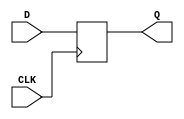
`timescale 1ns / 1ps
//////////////////////////////////////////////////////////////////////////////////
// Company: 
// Engineer: 
// 
// Design Name: 
// Module Name: D_Flip_Flop
// Project Name: 
// Target Devices: 
// Tool Versions: 
// Description: 
// 
// Dependencies: 
// 
// Revision:
// Revision 0.01 - File Created
// Additional Comments:
// 
//////////////////////////////////////////////////////////////////////////////////

module D_Flip_Flop(
    input CLK,
    input D,
    output reg Q = 0
    );
    
    always @ (posedge CLK)
    begin
        Q <= D;
    end
    
endmodule